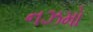
નઝમો